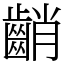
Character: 𪘞